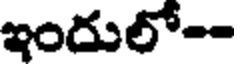
ఇందులో--